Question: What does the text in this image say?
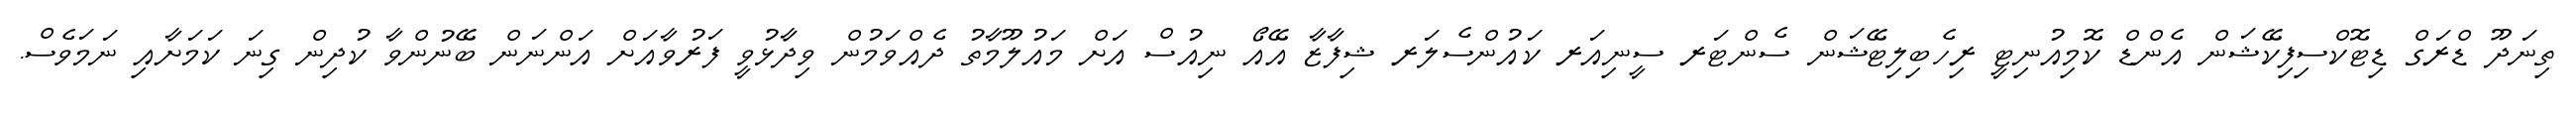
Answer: ތިނަދޫ ޑްރަގް ޑިޓޮކްސިފިކޭޝަން އެންޑް ކޮމިއުނިޓީ ރިހެބިލިޓޭޝަން ސެންޓަރ ސީނިއަރ ކައުންސެލަރ ޝިފާޒާ އޭއޯ ނިއުސް އަށް މައުލޫމާތު ދެއްވަމުން ވިދާޅުވީ ފަރުވާއަށް އަންނަން ބޭނުންވާ ކުދިން ގިނަ ކަމަށާއި ނަމަވެސް.